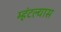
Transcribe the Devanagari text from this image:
म्हंटल्यास